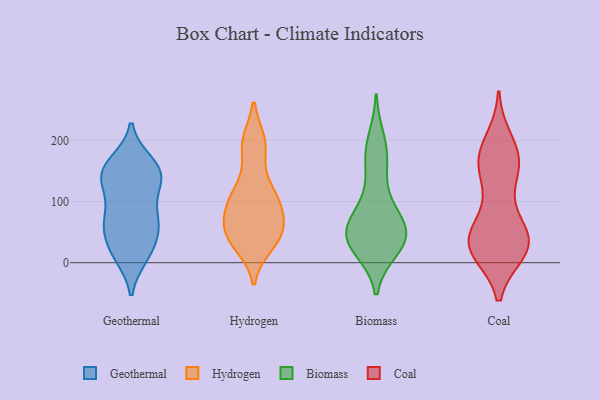
{"axis": {"x": "Headcount", "y": "Value"}, "legend": ["Biomass", "Coal", "Geothermal", "Hydrogen"], "data": [{"x": "", "y": 121, "type": "Geothermal"}, {"x": "", "y": 145, "type": "Geothermal"}, {"x": "", "y": 14, "type": "Geothermal"}, {"x": "", "y": 121, "type": "Geothermal"}, {"x": "", "y": 137, "type": "Geothermal"}, {"x": "", "y": 74, "type": "Geothermal"}, {"x": "", "y": 11, "type": "Geothermal"}, {"x": "", "y": 78, "type": "Geothermal"}, {"x": "", "y": 59, "type": "Geothermal"}, {"x": "", "y": 54, "type": "Geothermal"}, {"x": "", "y": 160, "type": "Geothermal"}, {"x": "", "y": 31, "type": "Geothermal"}, {"x": "", "y": 13, "type": "Geothermal"}, {"x": "", "y": 59, "type": "Geothermal"}, {"x": "", "y": 73, "type": "Geothermal"}, {"x": "", "y": 138, "type": "Geothermal"}, {"x": "", "y": 155, "type": "Geothermal"}, {"x": "", "y": 164, "type": "Geothermal"}, {"x": "", "y": 150, "type": "Geothermal"}, {"x": "", "y": 53, "type": "Hydrogen"}, {"x": "", "y": 30, "type": "Hydrogen"}, {"x": "", "y": 108, "type": "Hydrogen"}, {"x": "", "y": 53, "type": "Hydrogen"}, {"x": "", "y": 97, "type": "Hydrogen"}, {"x": "", "y": 119, "type": "Hydrogen"}, {"x": "", "y": 41, "type": "Hydrogen"}, {"x": "", "y": 78, "type": "Hydrogen"}, {"x": "", "y": 196, "type": "Hydrogen"}, {"x": "", "y": 191, "type": "Hydrogen"}, {"x": "", "y": 170, "type": "Biomass"}, {"x": "", "y": 47, "type": "Biomass"}, {"x": "", "y": 41, "type": "Biomass"}, {"x": "", "y": 56, "type": "Biomass"}, {"x": "", "y": 171, "type": "Biomass"}, {"x": "", "y": 47, "type": "Biomass"}, {"x": "", "y": 200, "type": "Biomass"}, {"x": "", "y": 110, "type": "Biomass"}, {"x": "", "y": 47, "type": "Biomass"}, {"x": "", "y": 83, "type": "Biomass"}, {"x": "", "y": 50, "type": "Biomass"}, {"x": "", "y": 23, "type": "Biomass"}, {"x": "", "y": 26, "type": "Biomass"}, {"x": "", "y": 188, "type": "Coal"}, {"x": "", "y": 42, "type": "Coal"}, {"x": "", "y": 169, "type": "Coal"}, {"x": "", "y": 29, "type": "Coal"}, {"x": "", "y": 173, "type": "Coal"}, {"x": "", "y": 28, "type": "Coal"}, {"x": "", "y": 164, "type": "Coal"}, {"x": "", "y": 20, "type": "Coal"}, {"x": "", "y": 18, "type": "Coal"}, {"x": "", "y": 88, "type": "Coal"}, {"x": "", "y": 34, "type": "Coal"}, {"x": "", "y": 200, "type": "Coal"}, {"x": "", "y": 51, "type": "Coal"}, {"x": "", "y": 26, "type": "Coal"}, {"x": "", "y": 162, "type": "Coal"}, {"x": "", "y": 31, "type": "Coal"}, {"x": "", "y": 138, "type": "Coal"}, {"x": "", "y": 145, "type": "Coal"}, {"x": "", "y": 56, "type": "Coal"}, {"x": "", "y": 20, "type": "Coal"}]}